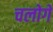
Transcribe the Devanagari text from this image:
चलोगे